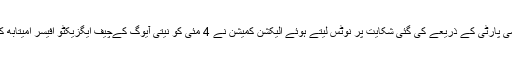
کانگریس اور عام آدمی پارٹی کے ذریعے کی گئی شکایت پر نوٹس لیتے ہوئے الیکشن کمیشن نے 4 مئی کو نیتی آیوگ کےچیف ایگزیکٹو افیسر امیتابھ کانت کو خط لکھا تھا۔